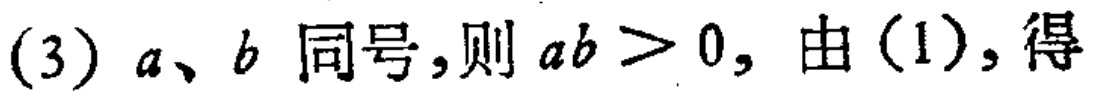
(3) \(a、b\) 同号，则 \(ab > 0\)，由（1），得